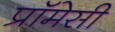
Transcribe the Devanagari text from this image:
प्रॉमेसी